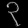
Digit: ၃